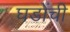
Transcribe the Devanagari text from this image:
घडोंची